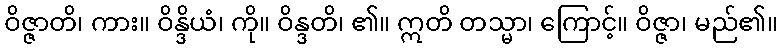
ဝိဇ္ဇာတိ၊ ကား။ ဝိန္ဒိယံ၊ ကို။ ဝိန္ဒတိ၊ ၏။ ဣတိ တသ္မာ၊ ကြောင့်။ ဝိဇ္ဇာ၊ မည်၏။